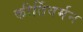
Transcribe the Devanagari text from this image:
कीर्तिवर्मन